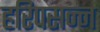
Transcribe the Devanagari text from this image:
हरिपसन्न